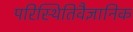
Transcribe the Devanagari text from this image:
परिस्थितिवैज्ञानिक